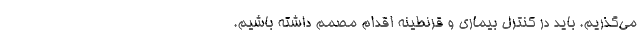
می‌گذریم. باید در کنترل بیماری و قرنطینه‌ اقدام مصمم داشته باشیم.